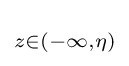
\scriptstyle z\in \left(-\infty ,\eta \right)